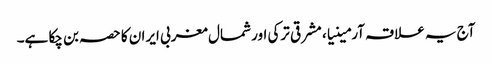
آج یہ علاقہ آرمینیا، مشرقی ترکی اور شمال مغربی ایران کا حصہ بن چکا ہے۔